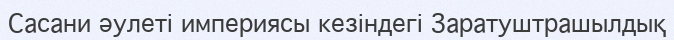
Сасани әулеті империясы кезіндегі Заратуштрашылдық